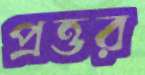
প্রত্তর